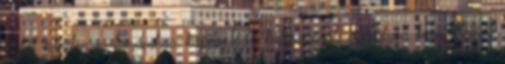
listát minden, a témámhoz kapcsolódó kulcsszóról, a nagyon keresettekről